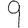
Digit: 9